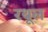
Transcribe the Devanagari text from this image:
रथूल